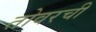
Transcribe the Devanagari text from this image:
तोवरची